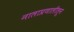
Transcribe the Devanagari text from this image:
नालाप्रणालीतून